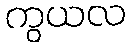
ကွယလ